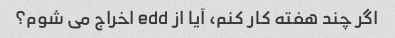
اگر چند هفته کار کنم، آیا از edd اخراج می شوم؟